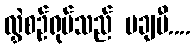
လွှဲစဉ်ရုပ်သည် မချမီ....